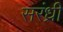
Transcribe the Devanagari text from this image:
सरंध्री